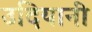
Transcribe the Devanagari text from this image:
उदियानी